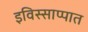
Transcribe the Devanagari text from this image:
इविस्साप्पात